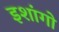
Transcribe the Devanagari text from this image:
इशांगो